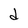
Character: d